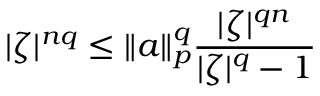
| \zeta | ^ { n q } \leq \| a \| _ { p } ^ { q } { \frac { | \zeta | ^ { q n } } { | \zeta | ^ { q } - 1 } }